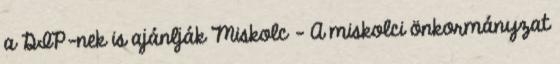
a DIP-nek is ajánlják Miskolc – A miskolci önkormányzat